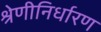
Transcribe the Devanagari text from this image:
श्रेणीनिर्धारण